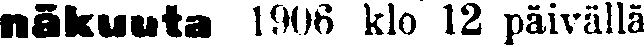
näkuuta 1906 klo 12 päivällä